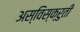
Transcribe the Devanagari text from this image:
अस्विस्क्रुती